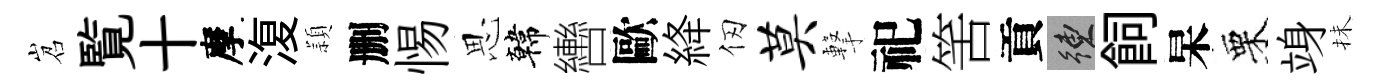
岧覧十摩𣸪頴删惕思韓轡歐絳仞莫撃祀筈貢練飼杲栗竧抺